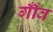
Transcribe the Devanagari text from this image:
गाँँव